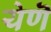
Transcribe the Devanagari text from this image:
येणॆ